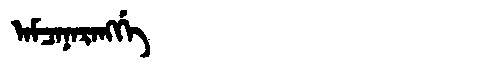
Manchu: ᠠᠮᠴᠠᠨᠠᡵᠠᠩᡤᡝ
Romanization: AMCANARANGGE